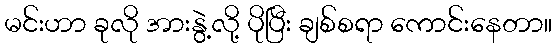
မင်းဟာ ခုလို အားနွဲ့လို့ ပိုပြီး ချစ်စရာ ကောင်းနေတာ။